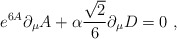
\begin{align*}e^{6A}\partial_{\mu}A+\alpha{{\sqrt{2}}\over{6}}\partial_\mu D=0 \ ,\end{align*}